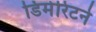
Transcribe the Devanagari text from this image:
डिमेरिटने